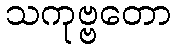
သကုဗ္ဗတော